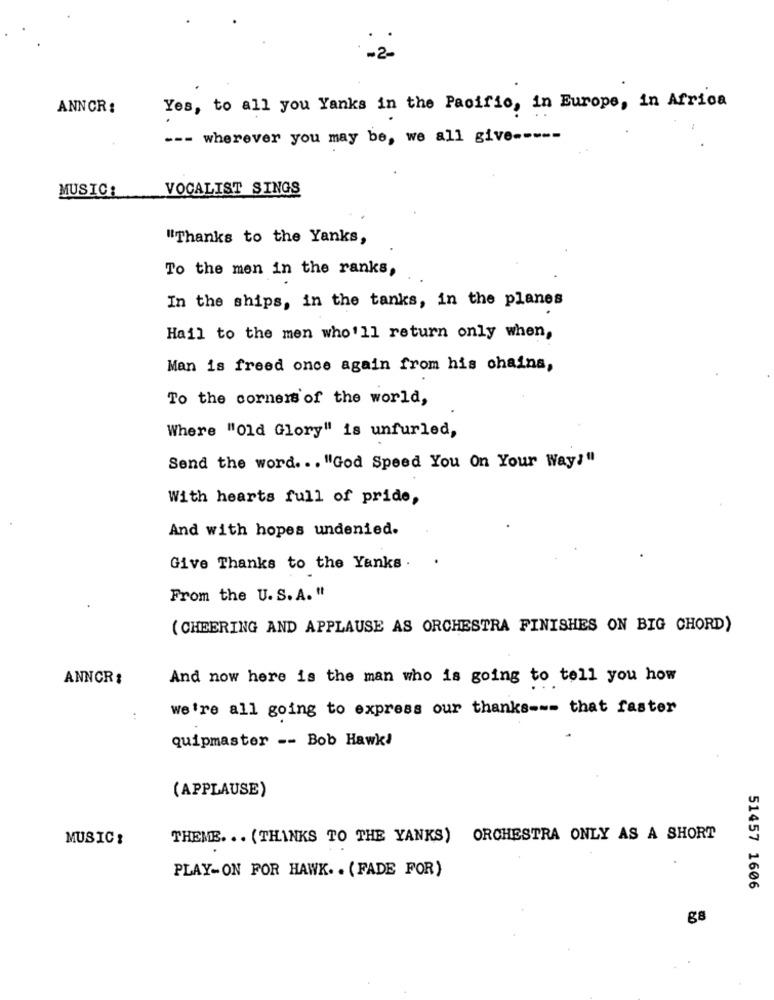
-2-
ANNCR:
Yes, to all you Yanks in the Pacific, in Europe, in Africa
--- wherever you may be, we all give -----
MUSIC:
VOCALIST SINGS
"Thanks to the Yanks,
To the men in the ranks,
In the ships, in the tanks, in the planes
Hail to the men who'll return only when,
Man is freed once again from his chains,
To the corners of the world,
Where "Old Glory" is unfurled,
Send the word ... "God Speed You On Your Way!"
With hearts full of pride,
And with hopes undenied.
Give Thanks to the Yanks .
From the U. S. A. "
( CHEERING AND APPLAUSE AS ORCHESTRA FINISHES ON BIG CHORD)
ANNCR:
And now here is the man who is going to tell you how
we're all going to express our thanks --- that faster
Quipmaster -- Bob Hawk
(APPLAUSE)
MUSIC:
THEME. .. (THANKS TO THE YANKS) ORCHESTRA ONLY AS A SHORT
PLAY-ON FOR HAWK. . (FADE FOR)
51457 1606